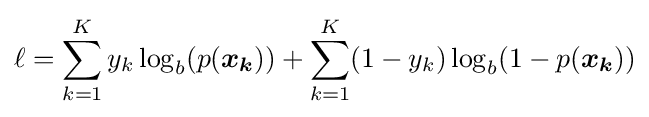
\ell =\sum _{k=1}^{K}y_{k}\log _{b}(p({\boldsymbol {x_{k}}}))+\sum _{k=1}^{K}(1-y_{k})\log _{b}(1-p({\boldsymbol {x_{k}}}))